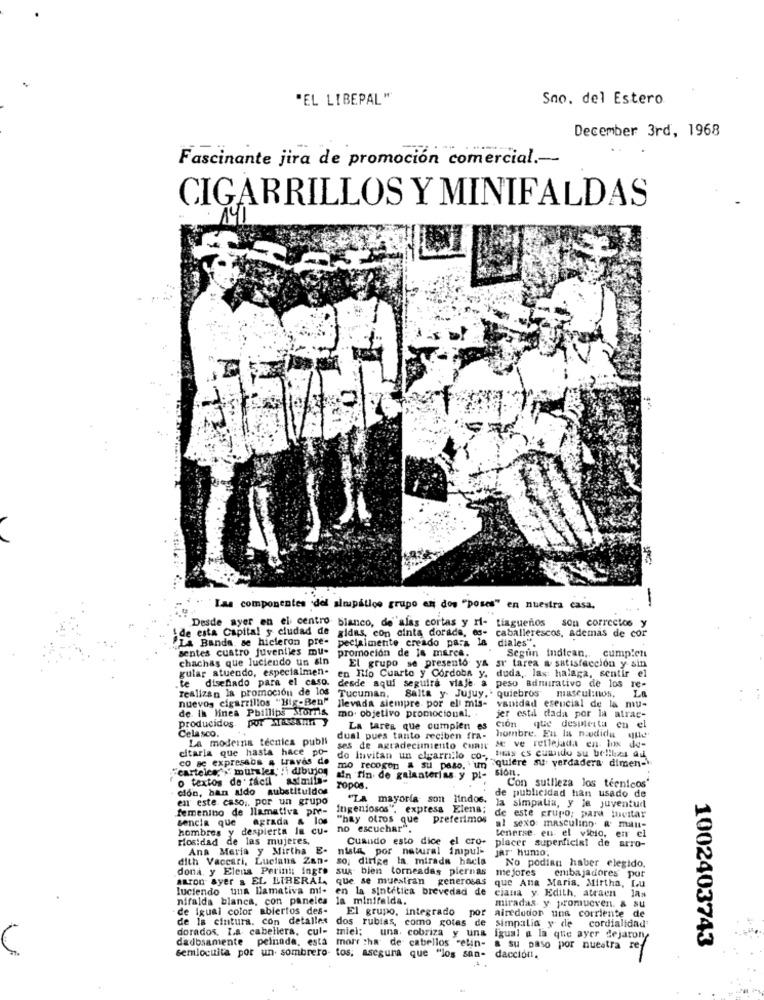
"EL LIBEPAL""
Sno. del Estero
December 3rd, 1968
Fascinante jira de promoción comercial .--
CIGARRILLOS Y MINIFALDAS
141
-
Las componentes del almapatico grupo en dos "poses" en nuestra casa,
Desde ayer en el centro blanco, de alas cortas y ri- tiaguenos son correctos y
son correctos
de esta Capital y ciudad de
gidas, con cinta dorade, es- caballerescos, ademas de cor
La Banda, se hicieron pre-
gidas, con cinta dorada, es-
pecialmente creado para la diales".
sentes cuatro juveniles mu-
Segun Indican ,. cumplen
chachas que luciendo un sin
promocion de la marca.
gular atuendo, especialmen-
El grupo se presento ya ar tarea a satisfacción y sin
disediado para el caso.
en Tifo Cuarto y Cordoba y. duda, las: halaga, sentir el
desde aqui seguira viaje a peso adnurativo de los re-
realizan la promoción de los
Tucuman.
Lo
nuevos cigarrillos "Big-Ben"
llevada siempre por el mis-
Salta y- Jujuy, . quiebros masculinos.
de. Ih linea Phillips Stornis,
mo. objetivo promocional.
vanidad esencial de la mu-
jer estil dada por la atrac-
producidos.
dual pues tanto reciben fra- hombre. En la medida
La tarea que cumplen es cion que desineita en el
Cela sco.
La moderna tecnica publi
ses de agradecimiento cunir se ve reflejada en Inx de-
citaria que hasta hace po-
do Invitan un cigarrillo co -, buis cs cumido su belibas ai
co a expressos a traves de
mo recogen a su paso. " in "quiere su verdadera dimen-
"carteice,"" murales' !i dibujos
sión.
o textos de facil asimiis-
fin de galanterias y pt-
Con sutileza los técnicos'
ción, han sido
substituidos
Topos.
en este caso ,, por un grupo
"La mayoría son lindos.
de publicidad han usado de
femenino de llamativa pre-
Ingeniosos", express Elena;
la simpatia, y la juventud
de este grupo; para luvitar
sencia que
agrada
"hay otros que preferimos
hombres
despierta In cu-
no escuchar".
al sexo masculino. & mau-
tenerse. en el vibio, en el
rosidad de las mujeres,
Cuando esto dice el cro-
placer superficial de arro-
Ana Maria y Mirtha E-
nista por natural impuli
jar' humo;
dith Vaccari, Lucians Zan-
so, dirige la mirada hacia
No podian haber elegido.
dona, y Elena Perinit ingre sus bien torneadas piernas
me jores
embajadores por
atron ayer & EL LIBERAL, que se muestran
generosas que Ana Maria, Mirtha, Lu
luciendo una llamativa mi-
en la sintetica brevedad de
claua y. Edith, atraen
nifalda blanca, con paneles
miradas y promueven. &
de igual color abiertos des-
El grupo, integrado
por
Alrededor uns corriente de
de la cintura. con detalles dos rubias, como gotas de
simpatia y de
cordialidad
dorados. Ia cabellera. cul-
miel;
una. cobriza y una
dadbsamente
pelnada, esta
moi's :ha de cabellos -elin-
igual a la que ayer dejaron
1002403743
& su paso por nuestra ref
semlocuita por un sombrero tos, asegura que ""los san-
dacción.